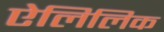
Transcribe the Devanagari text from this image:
ऐलिलिक